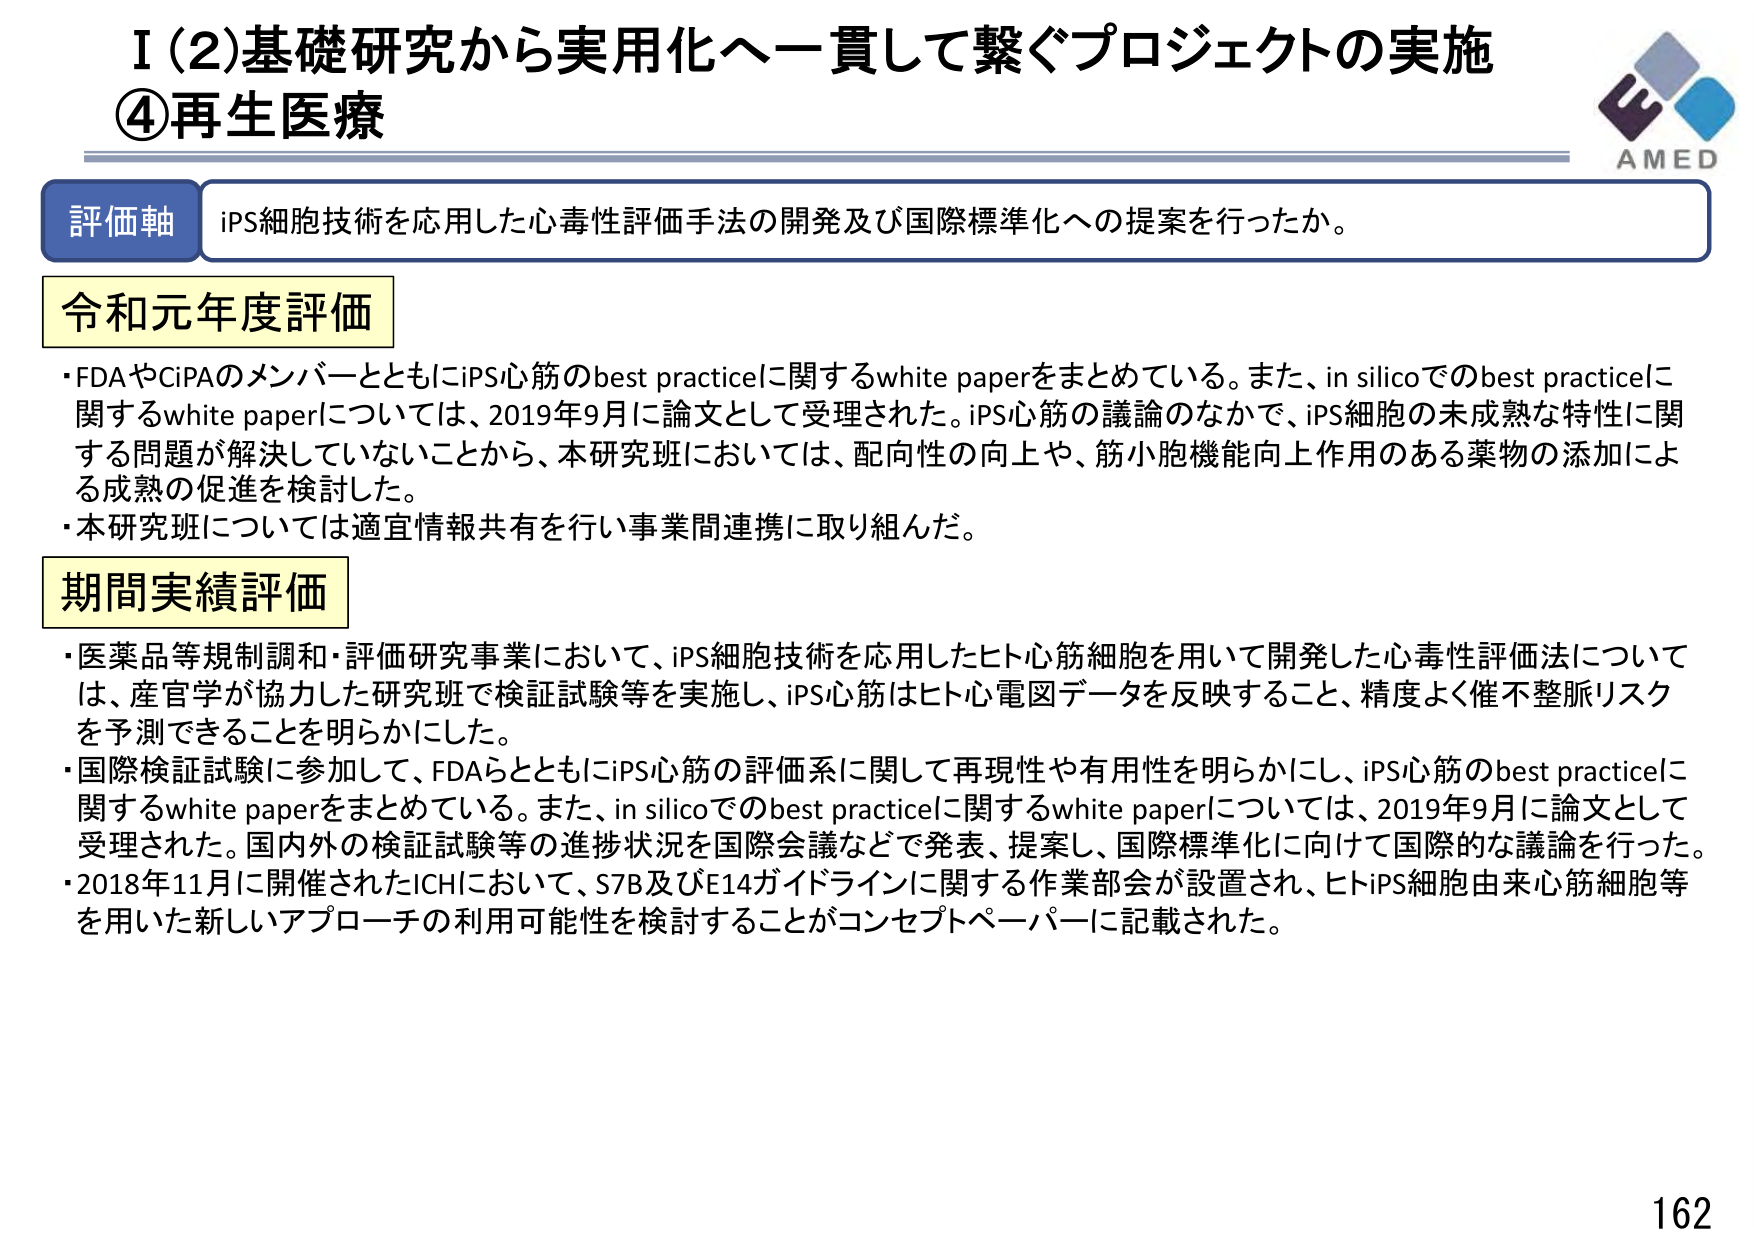
I（2）基礎研究から実用化へ一貫して繋ぐプロジェクトの実施
④再生医療

評価軸 iPS細胞技術を応用した心毒性評価手法の開発及び国際標準化への提案を行ったか。

令和元年度評価
・FDAやCiPAのメンバーとともにiPS心筋のbest practiceに関するwhite paperをまとめている。また、in silicoでのbest practiceに関するwhite paperについては、2019年9月に論文として受理された。iPS心筋の議論のなかで、iPS細胞の未成熟な特性に関する問題が解決していないことから、本研究班においては、配向性の向上や、筋小胞機能向上作用のある薬物の添加による成熟の促進を検討した。
・本研究班については適宜情報共有を行い事業間連携に取り組んだ。

期間実績評価
・医薬品等規制調和・評価研究事業において、iPS細胞技術を応用したヒト心筋細胞を用いて開発した心毒性評価法については、産官学が協力した研究班で検証試験等を実施し、iPS心筋はヒト心電図データを反映すること、精度よく催不整脈リスクを予測できることを明らかにした。
・国際検証試験に参加して、FDAらとともにiPS心筋の評価系に関して再現性や有用性を明らかにし、iPS心筋のbest practiceに関するwhite paperをまとめている。また、in silicoでのbest practiceに関するwhite paperについては、2019年9月に論文として受理された。国内外の検証試験等の進捗状況を国際会議などで発表、提案し、国際標準化に向けて国際的な議論を行った。
・2018年11月に開催されたICHにおいて、S7B及びE14ガイドラインに関する作業部会が設置され、ヒトiPS細胞由来心筋細胞等を用いた新しいアプローチの利用可能性を検討することがコンセプトペーパーに記載された。

AMED
162